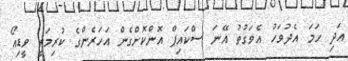
އަދި ހަމަ އެދުވަހު އެވަގުތު އޭނަ ސްކައިޕް އޮންކޮށްގެން އަހަރެންގެ ކުރިމަތީ ވީޑިއޯ